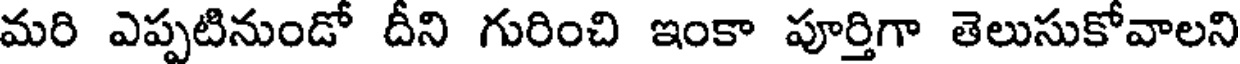
మరి ఎప్పటినుండో దీని గురించి ఇంకా పూర్తిగా తెలుసుకోవాలని